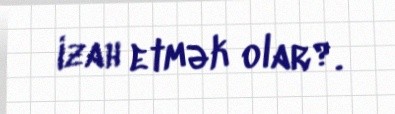
izah etmək olar?.